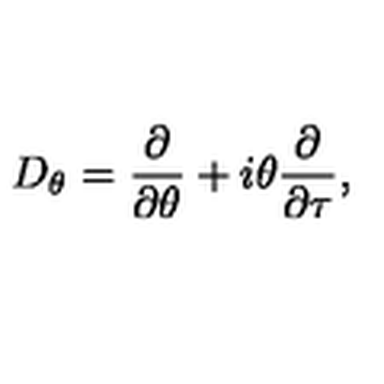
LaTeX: D _ { \theta } = \frac { \partial } { \partial \theta } + i \theta \frac { \partial } { \partial \tau } ,